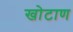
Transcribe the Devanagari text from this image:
खोटाण